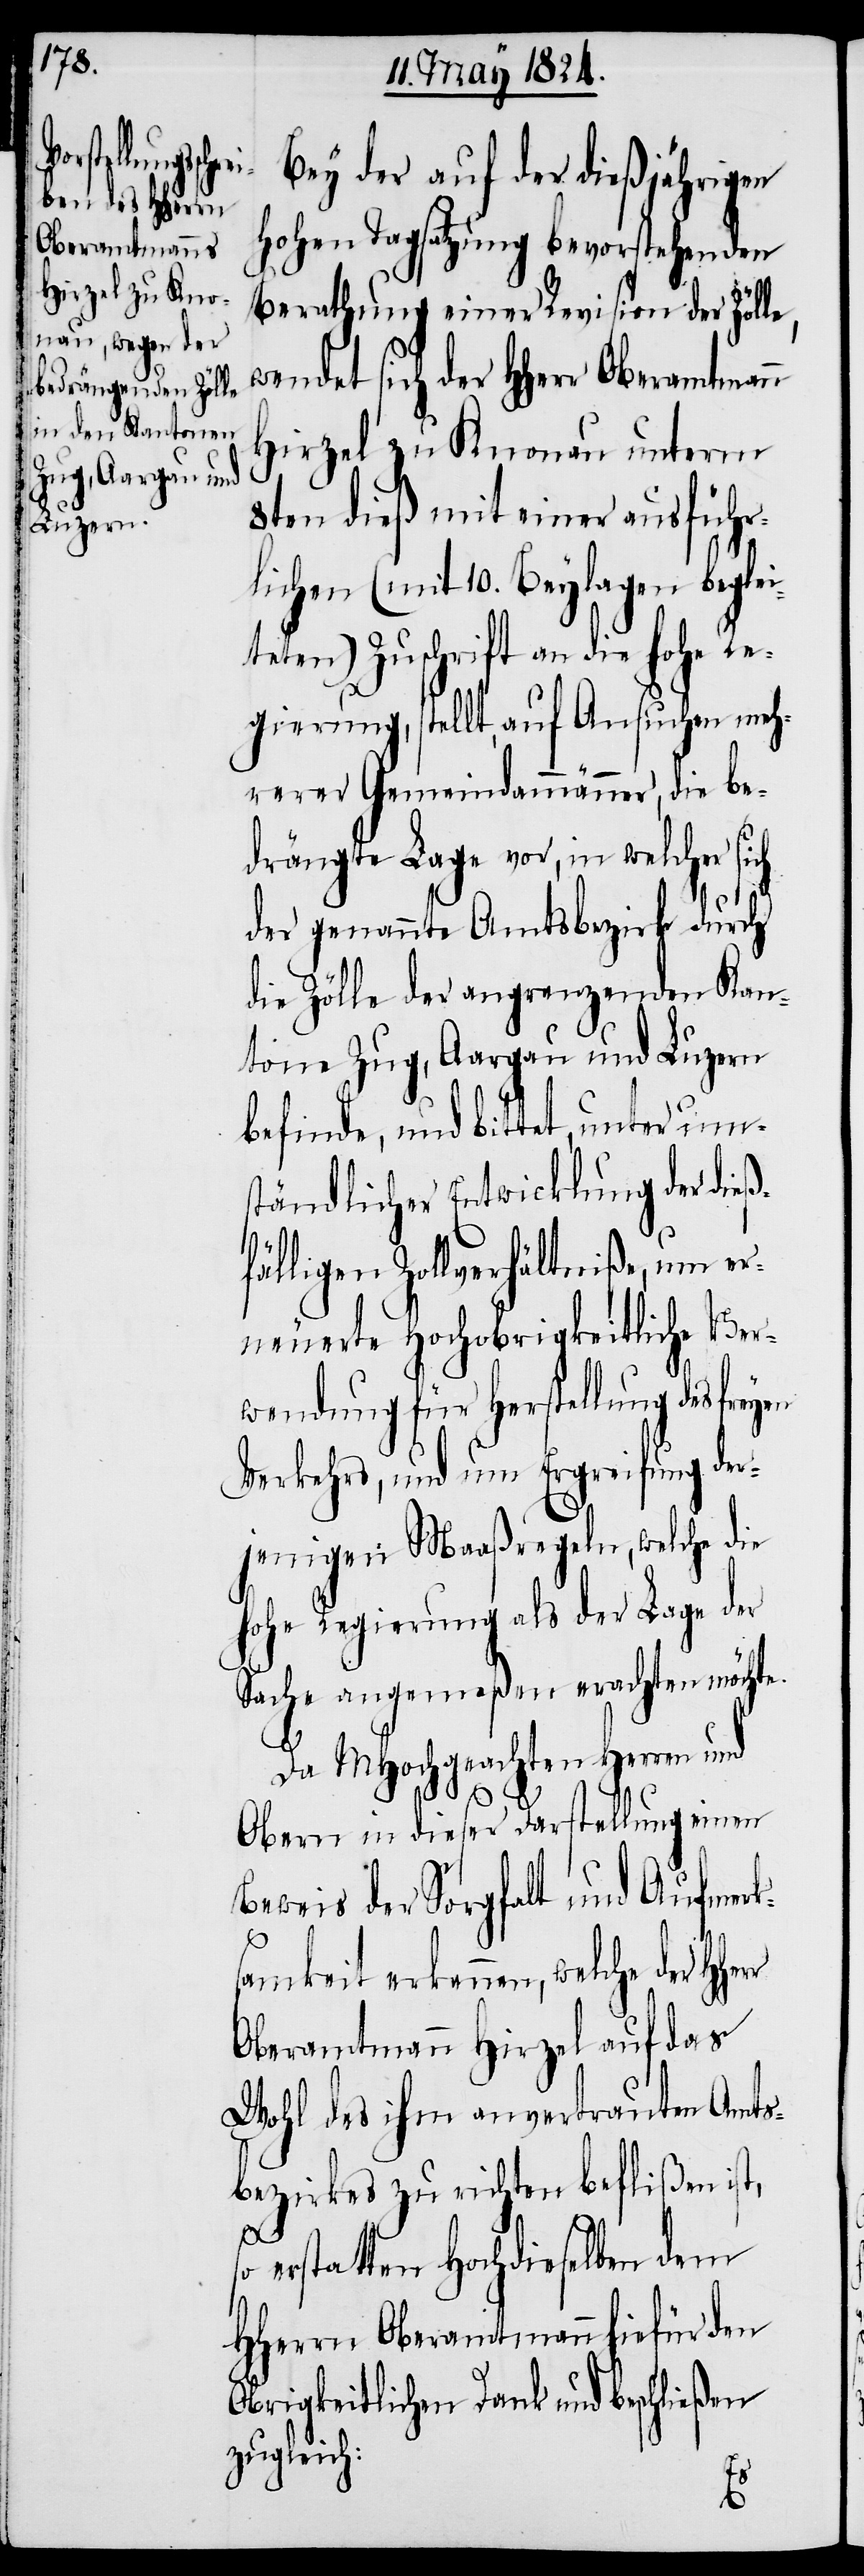
Bey der auf der dießjährigen
Hohen Tagsatzung bevorstehenden
Berathung einer Revision der Zölle,
wendet sich der HHerr Oberamtmann
Hirzel zu Knonau unterm
8ten dieß mit einer ausführ¬
lichen (mit 10. Beylagen beglei¬
teten) Zuschrift an die hohe Re¬
gierung, stellt, auf Ansuchen meh¬
rerer Gemeindammänner, die be¬
drängte Lage vor, in welcher sich
der genannte Amtsbezirk durch
die Zölle der angrenzenden Kan¬
tone Zug, Aargau und Luzern
befinde, und bittet, unter ums¬
tändlicher Entwicklung der dieß¬
fälligen Zollverhältniße, um er¬
neuerte Hochobrigkeitliche Ver¬
wendung für Herstellung des freyen
Verkehrs, und um Ergreifung der¬
jenigen Maaßregeln, welche die
hohe Regierung als der Lage der
Sache angemeßen erachten möchte.
Da MHochgeachten Herren und
Obern in dieser Darstellung einen
Beweis der Sorgfalt und Aufmer¬
s¬
samkeit erkennen, welche der HHe¬
Oberamtmann Hirzel auf das
Wohl des ihm anvertrauten Amts¬
bezirkes zu richten beflißen ist,
o erstatten Hochdieselben dem
HHerrn Oberamtmann hiefür den
Obrigkeitlichen Dank und beschließen
zugleich: